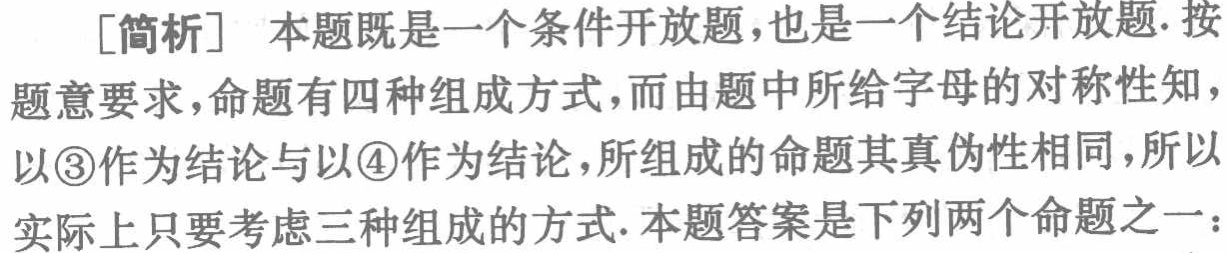
[简析] 本题既是一个条件开放题,也是一个结论开放题.按
题意要求,命题有四种组成方式,而由题中所给字母的对称性知,
以\textcircled{3}作为结论与以\textcircled{4}作为结论,所组成的命题其真伪性相同,所以
实际上只要考虑三种组成的方式.本题答案是下列两个命题之一：